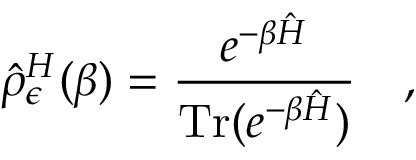
\hat { \rho } _ { \epsilon } ^ { H } ( \beta ) = { \frac { e ^ { - \beta \hat { H } } } { \mathrm { T r } ( e ^ { - \beta \hat { H } } ) } } ~ ~ ~ ,